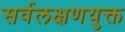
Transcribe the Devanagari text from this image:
सर्वलक्षणयुक्त